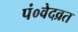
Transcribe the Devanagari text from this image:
पं०वेदव्रत